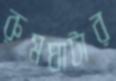
রুমঘাটার